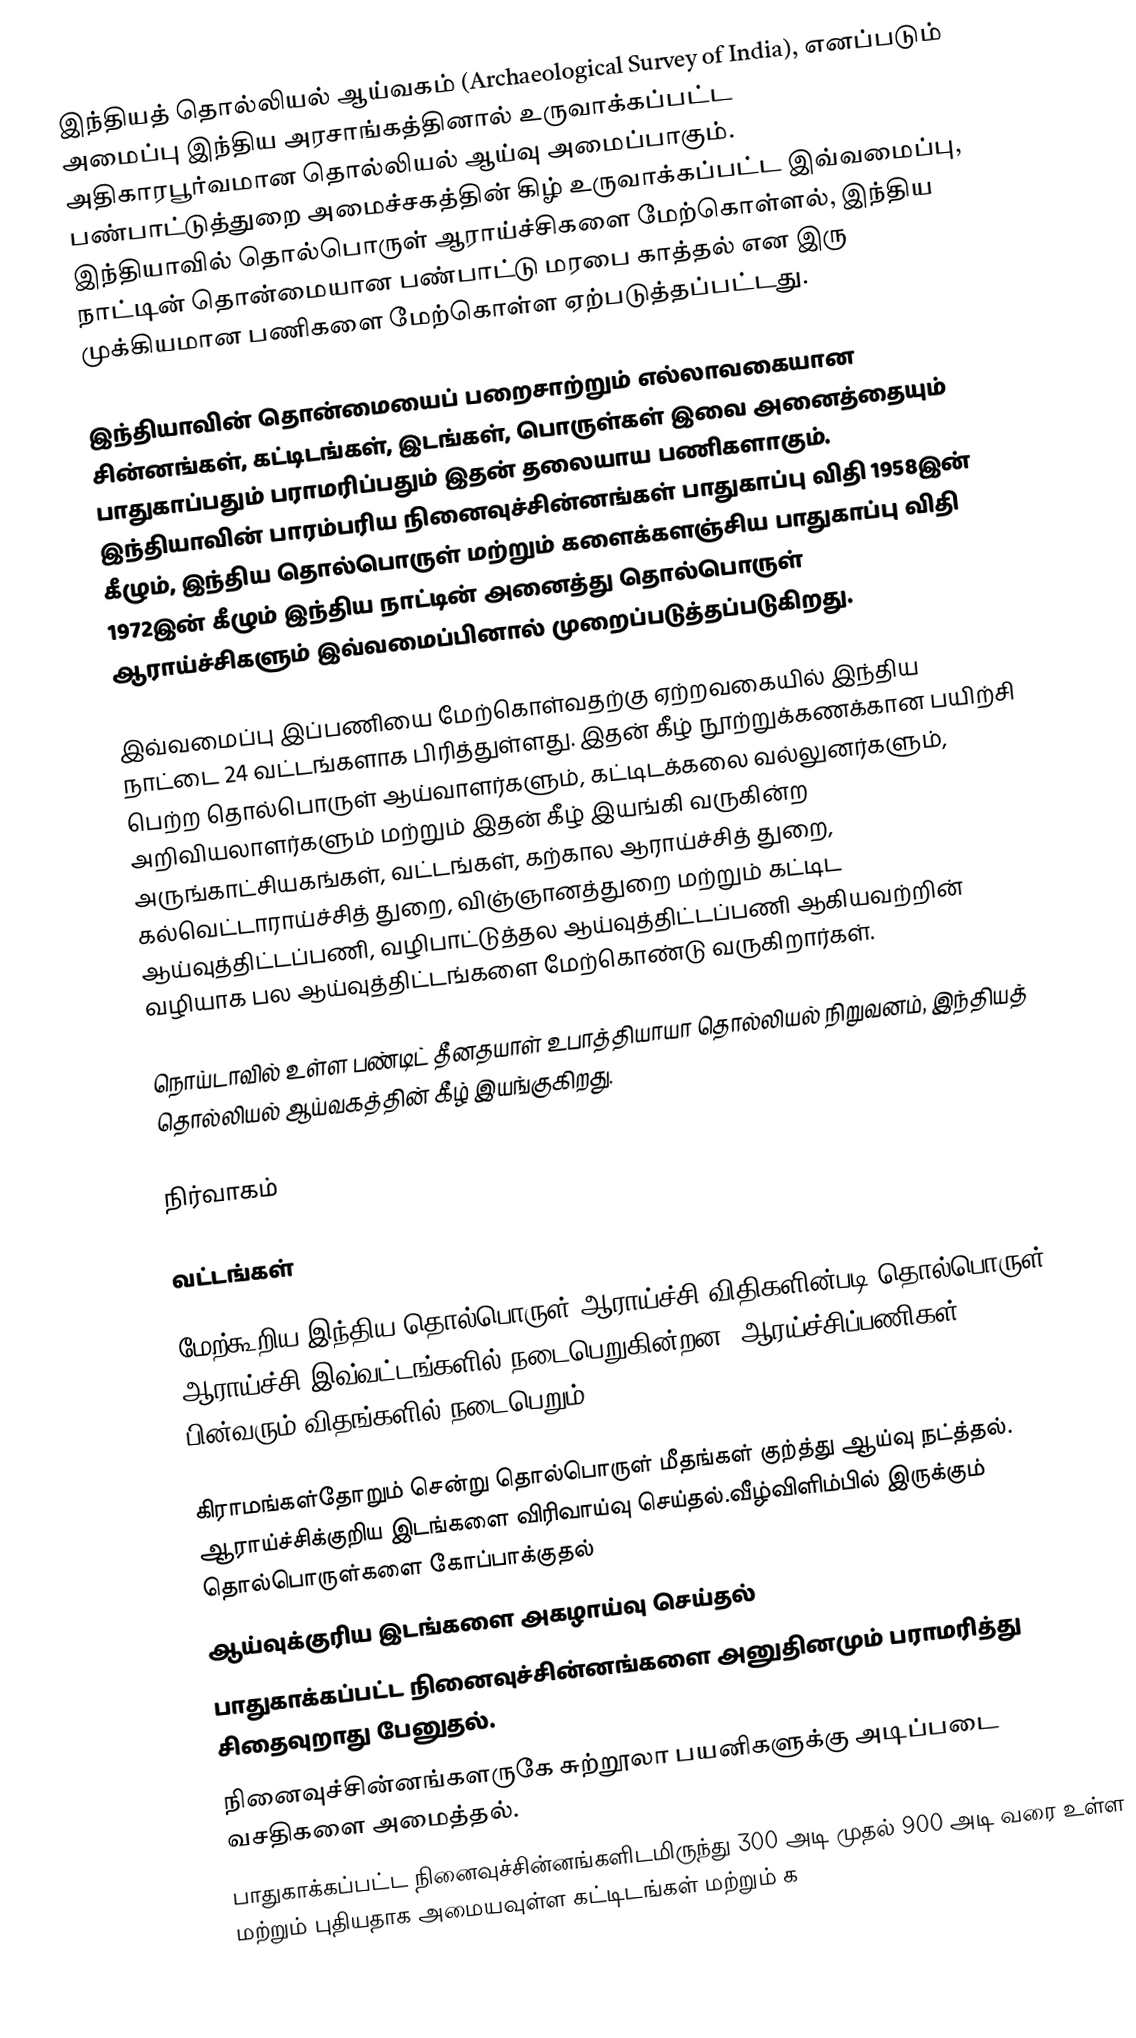
இந்தியத் தொல்லியல் ஆய்வகம் (Archaeological Survey of India), எனப்படும் அமைப்பு இந்திய அரசாங்கத்தினால் உருவாக்கப்பட்ட அதிகாரபூர்வமான தொல்லியல் ஆய்வு அமைப்பாகும். பண்பாட்டுத்துறை அமைச்சகத்தின் கிழ் உருவாக்கப்பட்ட இவ்வமைப்பு, இந்தியாவில் தொல்பொருள் ஆராய்ச்சிகளை மேற்கொள்ளல், இந்திய நாட்டின் தொன்மையான பண்பாட்டு மரபை காத்தல் என இரு முக்கியமான பணிகளை மேற்கொள்ள ஏற்படுத்தப்பட்டது.

இந்தியாவின் தொன்மையைப் பறைசாற்றும் எல்லாவகையான சின்னங்கள், கட்டிடங்கள், இடங்கள், பொருள்கள் இவை அனைத்தையும் பாதுகாப்பதும் பராமரிப்பதும் இதன் தலையாய பணிகளாகும். இந்தியாவின் பாரம்பரிய நினைவுச்சின்னங்கள் பாதுகாப்பு விதி 1958இன் கீழும், இந்திய தொல்பொருள் மற்றும் களைக்களஞ்சிய பாதுகாப்பு விதி 1972இன் கீழும் இந்திய நாட்டின் அனைத்து தொல்பொருள் ஆராய்ச்சிகளும் இவ்வமைப்பினால் முறைப்படுத்தப்படுகிறது.

இவ்வமைப்பு இப்பணியை மேற்கொள்வதற்கு ஏற்றவகையில் இந்திய நாட்டை 24 வட்டங்களாக பிரித்துள்ளது. இதன் கீழ் நூற்றுக்கணக்கான பயிற்சி பெற்ற தொல்பொருள் ஆய்வாளர்களும், கட்டிடக்கலை வல்லுனர்களும், அறிவியலாளர்களும் மற்றும் இதன் கீழ் இயங்கி வருகின்ற அருங்காட்சியகங்கள், வட்டங்கள், கற்கால ஆராய்ச்சித் துறை, கல்வெட்டாராய்ச்சித் துறை, விஞ்ஞானத்துறை மற்றும் கட்டிட ஆய்வுத்திட்டப்பணி, வழிபாட்டுத்தல ஆய்வுத்திட்டப்பணி ஆகியவற்றின் வழியாக பல ஆய்வுத்திட்டங்களை மேற்கொண்டு வருகிறார்கள்.

நொய்டாவில் உள்ள பண்டிட் தீனதயாள் உபாத்தியாயா தொல்லியல் நிறுவனம், இந்தியத் தொல்லியல் ஆய்வகத்தின் கீழ் இயங்குகிறது.

நிர்வாகம்

வட்டங்கள்

மேற்கூறிய இந்திய தொல்பொருள் ஆராய்ச்சி விதிகளின்படி தொல்பொருள் ஆராய்ச்சி இவ்வட்டங்களில் நடைபெறுகின்றன. ஆரய்ச்சிப்பணிகள் பின்வரும் விதங்களில் நடைபெறும்.

 கிராமங்கள்தோறும்  சென்று தொல்பொருள் மீதங்கள் குற்த்து ஆய்வு நட்த்தல். ஆராய்ச்சிக்குறிய இடங்களை விரிவாய்வு செய்தல்.வீழ்விளிம்பில் இருக்கும் தொல்பொருள்களை கோப்பாக்குதல்
 ஆய்வுக்குரிய இடங்களை அகழாய்வு செய்தல்
 பாதுகாக்கப்பட்ட நினைவுச்சின்னங்களை அனுதினமும் பராமரித்து சிதைவுறாது பேனுதல்.
 நினைவுச்சின்னங்களருகே சுற்றூலா பயனிகளுக்கு அடிப்படை வசதிகளை அமைத்தல்.
 பாதுகாக்கப்பட்ட நினைவுச்சின்னங்களிடமிருந்து 300 அடி முதல் 900 அடி வரை உள்ள மற்றும் புதியதாக அமையவுள்ள கட்டிடங்கள் மற்றும் க